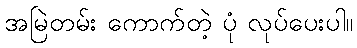
အမြဲတမ်း ကောက်တဲ့ ပုံ လုပ်ပေးပါ။